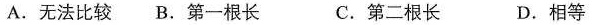
A.无法比较B.第一根长 C.第二根长 D.相等